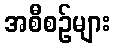
အစီစဉ်များ